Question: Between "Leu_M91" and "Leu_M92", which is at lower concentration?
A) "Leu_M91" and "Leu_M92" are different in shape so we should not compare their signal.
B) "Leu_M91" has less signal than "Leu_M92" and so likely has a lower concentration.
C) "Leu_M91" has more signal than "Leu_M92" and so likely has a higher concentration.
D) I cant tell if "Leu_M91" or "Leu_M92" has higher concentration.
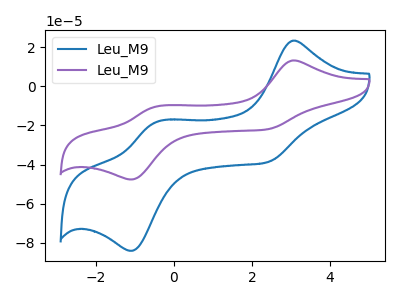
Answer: <think>The blue curve "Leu_M91" has anodic peaks at (3.05V, 23.30uA) (-0.45V, -18.50uA) and cathodic peaks at (2.40V, -38.75uA) (-1.05V, -84.05uA). The purple curve "Leu_M92" has anodic peaks at (3.05V, 13.20uA) (-0.45V, -10.45uA) and cathodic peaks at (2.40V, -21.95uA) (-1.05V, -47.60uA).
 All the peaks in "Leu_M91" have a peak in "Leu_M92" at the same potential.</think>
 <answer>D) I cant tell if "Leu_M91" or "Leu_M92" has higher concentration.</answer>
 <eval>D</eval>